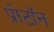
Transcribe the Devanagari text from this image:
प्रोटाॅन